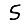
Digit: 5